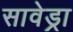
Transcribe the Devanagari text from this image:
सावेड्रा